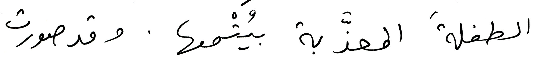
الطفلةَ المعذَّبة بيُتْمها. وقد صورت